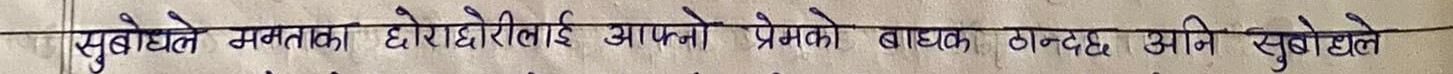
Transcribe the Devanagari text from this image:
सुबोधले ममताका छोराछोरीलाई आफ्नो प्रेमको बाधक ठान्दछ, अनि सुबोधले